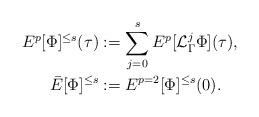
LaTeX: \begin{align*}E^{p}[\Phi]^{\leq s}(\tau)&:=\sum_{j=0}^s E^p[\mathcal{L}^j_\Gamma \Phi](\tau),\\\bar{E}[\Phi]^{\leq s}&:=E^{p=2}[\Phi]^{\leq s}(0).\end{align*}